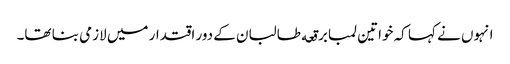
انہوں نے کہا کہ خواتین لمبا برقعه طالبان کے دور اقتدار میں لازمی بنا تھا۔